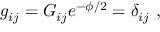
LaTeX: g _ { i j } = G _ { i j } e ^ { - \phi / 2 } = \delta _ { i j } \ ,